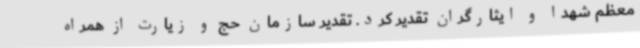
معظم شهدا و ایثارگران تقدیر کرد. تقدیر سازمان حج و زیارت از همراه